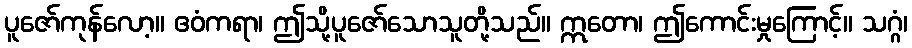
ပူဇော်ကုန်လော့။ ဧဝံကရာ၊ ဤသို့ပူဇော်သောသူတို့သည်။ ဣတော၊ ဤကောင်းမှုကြောင့်။ သဂ္ဂံ၊